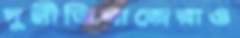
দুর্নীতিবাজেরাও